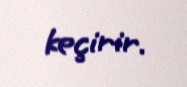
keçirir.